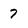
Character: 7